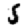
Digit: 5